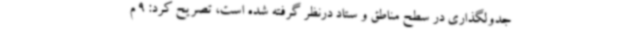
جدولگذاری در سطح مناطق و ستاد درنظر گرفته شده است، تصریح کرد: 9 م